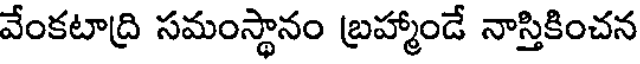
వేంకటాద్రి సమంస్థానం బ్రహ్మాండే నాస్తికించన